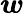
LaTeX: \boldsymbol w